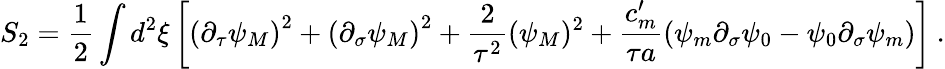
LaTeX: S_{2}=\frac{1}{2}\int d^{2}\xi\left[\left(\partial_{\tau}\psi_{M}\right)^{2}+\left(\partial_{\sigma}\psi_{M}\right)^{2}+\frac{2}{\tau^{2}}(\psi_{M})^{2}+\frac{c_{m}^{\prime}}{\tau a}\left(\psi_{m}\partial_{\sigma}\psi_{0}-\psi_{0}\partial_{\sigma}\psi_{m}\right)\right]\: .